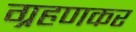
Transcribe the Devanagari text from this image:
ग्रहणकर